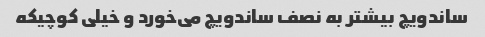
ساندویچ بیشتر به نصف ساندویچ می‌خورد و خیلی کوچیکه